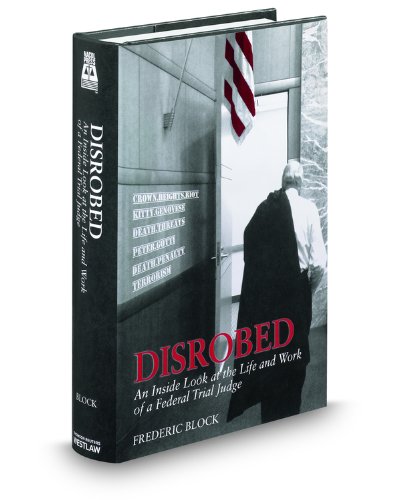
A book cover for Disrobed: An Inside Look at the Life and Work of a Federal Trial Judge; Frederic Block; Law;